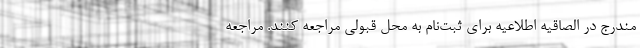
مندرج در الصاقیه اطلاعیه برای ثبت‌نام به محل قبولی مراجعه کنند. مراجعه